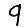
Digit: 9